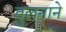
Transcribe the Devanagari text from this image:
तुलनाने